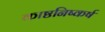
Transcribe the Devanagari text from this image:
काष्ठनिष्कर्ष